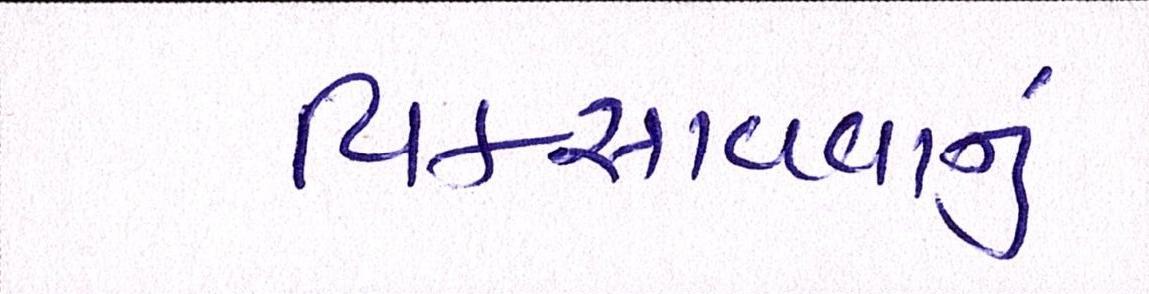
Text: વિકસાવવાનું